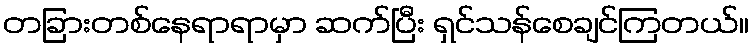
တခြားတစ်နေရာရာမှာ ဆက်ပြီး ရှင်သန်စေချင်ကြတယ်။